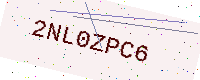
Text: 2NL0ZPC6